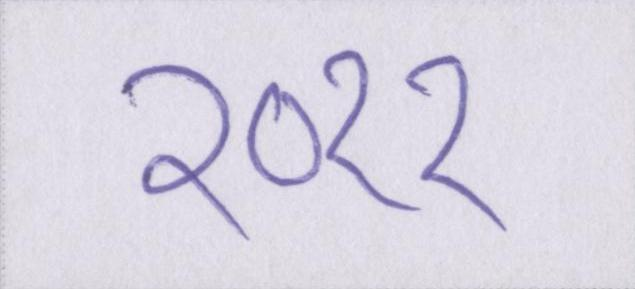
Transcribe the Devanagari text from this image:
२०११